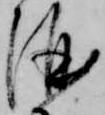
酒